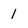
Character: l